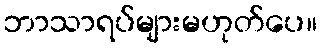
ဘာသာရပ်များမဟုတ်ပေ။